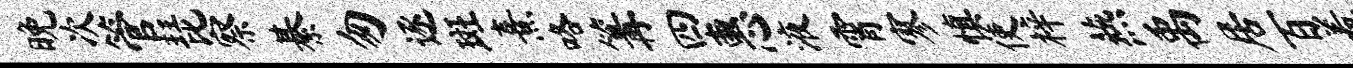
晚次管琵察綦匆逐斑熹咯篝四惠液霄寥慎使梓燕禹居百羞